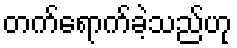
တက်ရောက်ခဲ့သည်ဟု